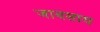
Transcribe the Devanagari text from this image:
जाण्साय